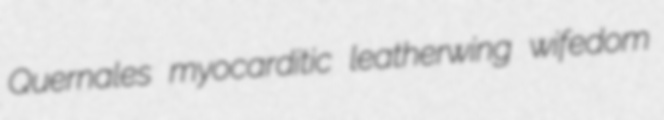
Quernales myocarditic leatherwing wifedom